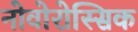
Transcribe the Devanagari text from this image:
नोवोरोस्सिक